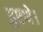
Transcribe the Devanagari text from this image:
हुएथे।